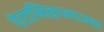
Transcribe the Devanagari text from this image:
एंटासिडप्लाज्मा